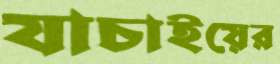
যাচাইয়ের